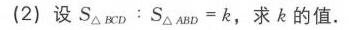
(2) 设 \(S_{\triangle BCD}:S_{\triangle ABD}=k\)，求 \(k\) 的值.